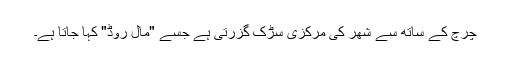
چرچ کے ساتھ سے شھر کی مرکزی سڑک گزرتی ہے جسے "مال روڈ" کہا جاتا ہے۔